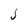
Character: j